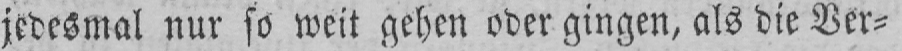
jedesmal nur so weit gehen oder gingen, als die Ver⸗